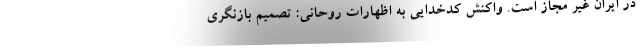
در ایران غیر مجاز است. واکنش کدخدایی به اظهارات روحانی: تصمیم بازنگری